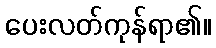
ပေးလတ်ကုန်ရာ၏။